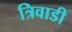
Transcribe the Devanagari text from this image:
त्रिवाडी